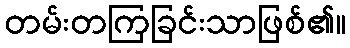
တမ်းတကြခြင်းသာဖြစ်၏။